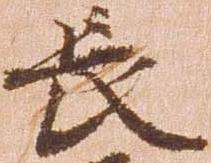
長